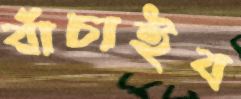
বাঁচাইব